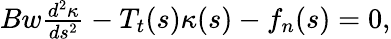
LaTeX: \begin{array}{r}{Bw\frac{d^{2}\kappa}{ds^{2}}-T_{t}(s)\kappa(s)-f_{n}(s)=0,}\end{array}